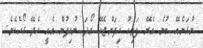
ނުގަނެއޭ ބުނެ އެރޭ ފަތިހު ހިފަންޖެހޭ ރޯދަ ނުހިފުން އެއީ ހެދޭ ގޯހެކެވެ.